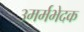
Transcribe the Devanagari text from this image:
३मर्मभेदक